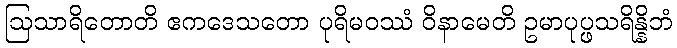
ဩသာရိတောတိ ဧကဒေသတော ပုရိမဝဿံ ဝိနာမေတိ ဥမာပုပ္ဖသရိန္နိဘံ